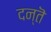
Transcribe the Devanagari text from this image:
दन्तॆ